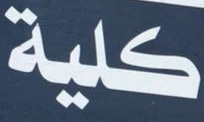
كلية